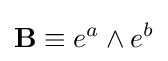
\mathbf {B} \equiv e^{a}\wedge e^{b}